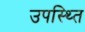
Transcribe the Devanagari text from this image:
उपस्थ्ति